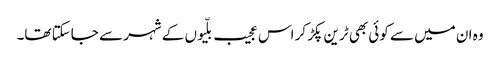
وہ ان میں سے کوئی بھی ٹرین پکڑ کر اس عجیب بلّیوں کے شہر سے جاسکتا تھا۔